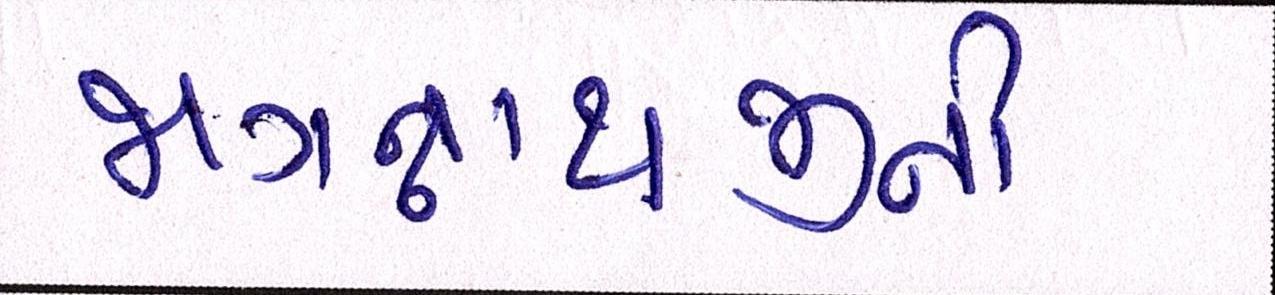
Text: જગન્નાથજીની